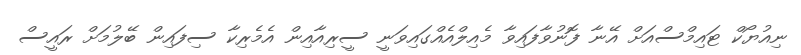
ނިއުޔޯކް ޓައިމްސްއަށް އޭނާ ފޮނުވާފައިވާ މެއިލްއެއްގައިވަނީ ސީރިއާއިން އެމެރިކާ ސިފައިން ބޭލުމަށް ރައީސް